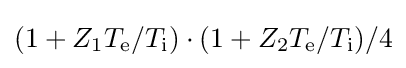
(1+Z_{1}T_{\mathrm {e} }/T_{\mathrm {i} })\cdot (1+Z_{2}T_{\mathrm {e} }/T_{\mathrm {i} })/4